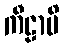
ကီဠာမိ